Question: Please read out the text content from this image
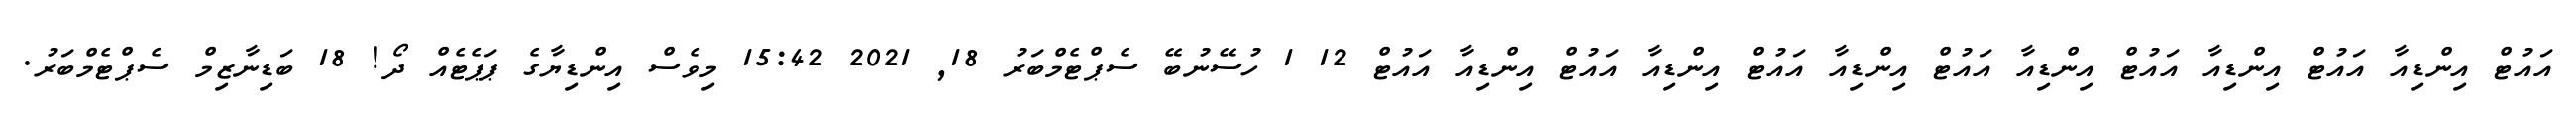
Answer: އައުޓް އިންޑިއާ އައުޓް އިންޑިއާ އައުޓް އިންޑިއާ އައުޓް އިންޑިއާ އައުޓް އިންޑިއާ އައުޓް އިންޑިއާ އައުޓް 12 1 ހުސޭނުބޭ ސެޕްޓެމްބަރު 18, 2021 15:42 މިވެސް އިންޑިޔާގެ ޕަޕެޓެއް ދޯ! 18 ބަޑިނާޒިމް ސެޕްޓެމްބަރު.